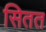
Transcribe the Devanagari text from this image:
सितत